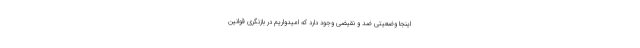
اینجا وضعیتی ضد و نقیضی وجود دارد که امیدواریم در بازنگری قوانین